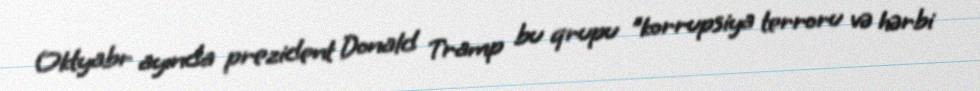
Oktyabr ayında prezident Donald Tramp bu qrupu "korrupsiya terroru və hərbi